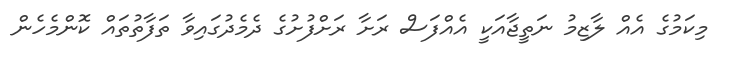
މިކަމުގެ އެއް ލާޒިމު ނަތީޖާއަކީ އެއްފަސް ރަށާ ރަށްފުށުގެ ދެމެދުގައިވާ ތަފާތުތައް ކޮންމެހެން